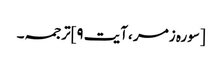
[سورہ زمر ،آیت ۹]ترجمہ۔